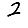
Digit: 2